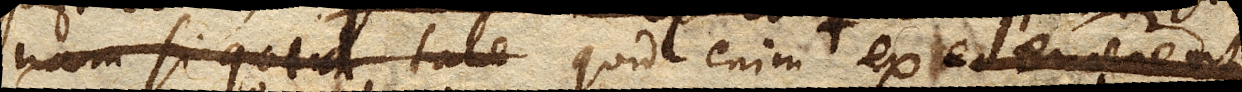
nam si quid tale quid enim ex